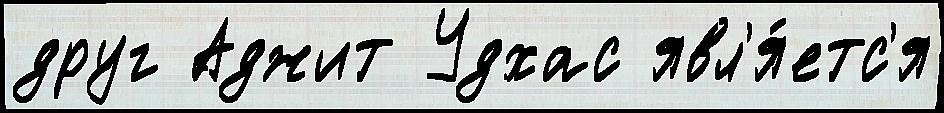
друг Аджит Удхас явл'я́етс'я